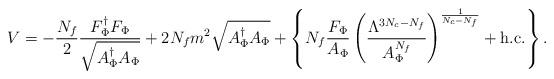
LaTeX: \begin{align*}V = - {{N_f} \over 2} {{F_\Phi^{\dag} F_\Phi} \over \sqrt{A_\Phi^{\dag} A_\Phi}} + 2 N_f m^2 \sqrt{A_\Phi^{\dag} A_\Phi} + \left\{ N_f {{F_\Phi} \over {A_\Phi}} \left( {{\Lambda^{3N_c-N_f}} \over {A_\Phi^{N_f}}} \right)^{1 \over {N_c-N_f}} + {\rm h.c.} \right\}.\end{align*}